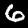
Label: 6